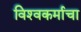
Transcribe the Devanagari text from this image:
विश्‍वकर्माचा